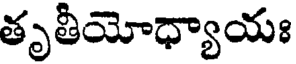
తృతీయోధ్యాయః